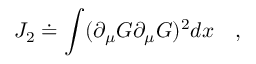
J _ { 2 } \doteq \int ( \partial _ { \mu } G \partial _ { \mu } G ) ^ { 2 } d x \quad ,